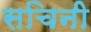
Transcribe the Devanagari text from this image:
सचिनी